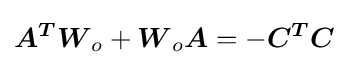
{\boldsymbol {A^{T}}}{\boldsymbol {W}}_{o}+{\boldsymbol {W}}_{o}{\boldsymbol {A}}=-{\boldsymbol {C^{T}C}}